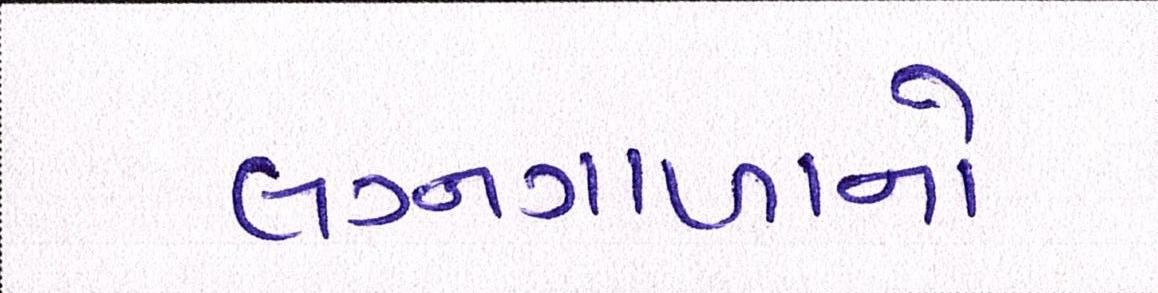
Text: લગ્નગાળાનો